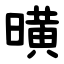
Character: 曂